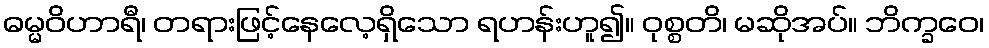
ဓမ္မဝိဟာရီ၊ တရားဖြင့်နေလေ့ရှိသော ရဟန်းဟူ၍။ ဝုစ္စတိ၊ မဆိုအပ်။ ဘိက္ခဝေ၊